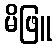
မိဖြူ